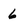
Character: 6